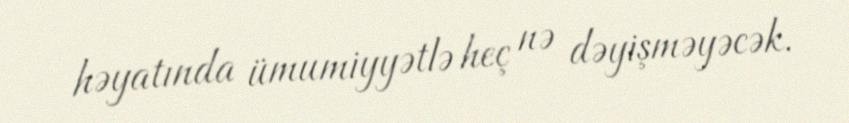
həyatında ümumiyyətlə heç nə dəyişməyəcək.